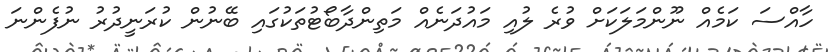
ހާއްސަ ކަމެއް ނޫންމަލަކަށް ވުރެ ލުއި މައުދަނެއް މަތިންދާބޯޓުތަކުގައި ބޭނުން ކުރަނީދުރު ނުފެންނަ